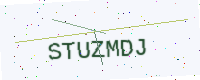
Text: STUZMDJ